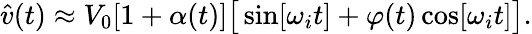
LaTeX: \hat{v}(t)\approx V_{0}[1+\alpha(t)]\big[\sin[\omega_{i}t]+\varphi(t)\cos[\omega_{i}t]\big].